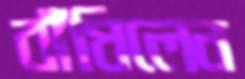
বাঁধিলেন